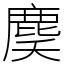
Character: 䴠